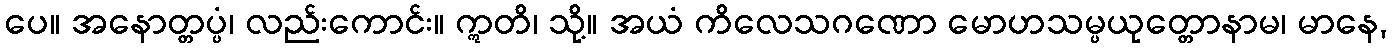
ပေ။ အနောတ္တပ္ပံ၊ လည်းကောင်း။ ဣတိ၊ သို့။ အယံ ကိလေသဂဏော မောဟသမ္ပယုတ္တောနာမ၊ မာနေ,